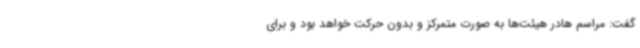
گفت: مراسم هادر هیئت‌ها به صورت متمرکز و بدون حرکت خواهد بود و برای